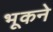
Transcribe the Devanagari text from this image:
भूकने